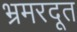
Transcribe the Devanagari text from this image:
भ्रमरदूत